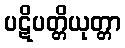
ပဋိပတ္တိယုတ္တာ